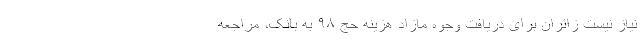
نیاز نیست زائران برای دریافت وجوه مازاد هزینه حج ۹۸ به بانک، مراجعه